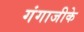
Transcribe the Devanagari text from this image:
गंगाजीके